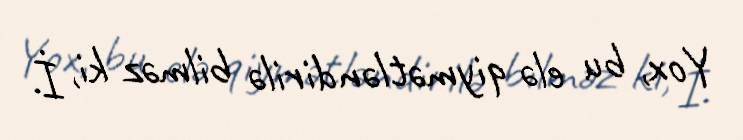
Yox, bu elə qiymətləndirilə bilməz ki, İ.